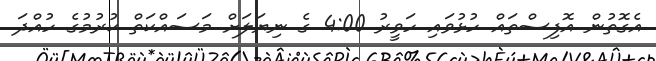
އެގޮތުން އޮފިސްތައް ހުޅުވައި ހަވީރު 4:00 ގެ ނިޔަލަށް މަސައްކަތް ކުރުމުގެ ހުއްދަ